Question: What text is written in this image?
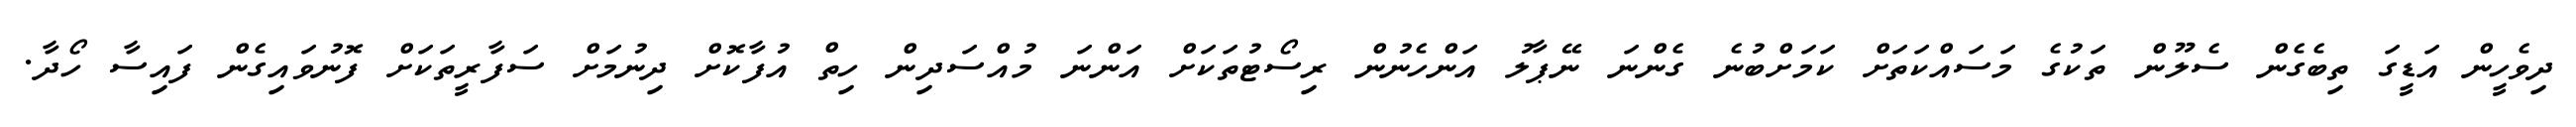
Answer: ދިވެހީން އަޑީގަ ތިބެގެން ސެލޫން ތަކުގެ މަސައްކަތަށް ކަމަށްބުނެ ގެންނަ ނޭޕާލު އަންހެނުން ރިސޯޓުތަކަށް އަންނަ މުއްސަދިން ހިތް އުފާކޮށް ދިނުމަށް ސަފާރީތަކަށް ފޮނުވައިގެން ފައިސާ ހޯދާ.